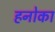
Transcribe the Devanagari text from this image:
हनोका